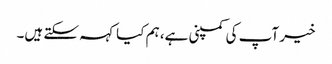
خیر آپ کی کمپنی ہے، ہم کیا کہہ سکتے ہیں۔